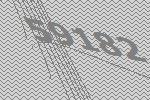
59182